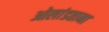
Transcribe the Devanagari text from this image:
ओलांडताना